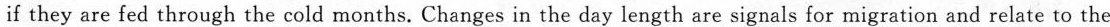
if they are fed through the cold months. Changes in the day length are signals for migration and relate to the